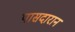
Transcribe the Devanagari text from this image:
पासदारान